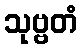
သုဗ္ဗတံ